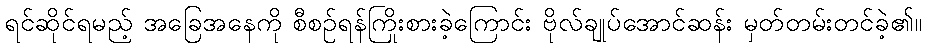
ရင်ဆိုင်ရမည့် အခြေအနေကို စီစဉ်ရန်ကြိုးစားခဲ့ကြောင်း ဗိုလ်ချုပ်အောင်ဆန်း မှတ်တမ်းတင်ခဲ့၏။